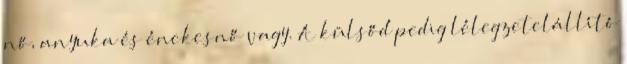
nő, anyuka és énekesnő vagy. A külsőd pedig lélegzetelállító